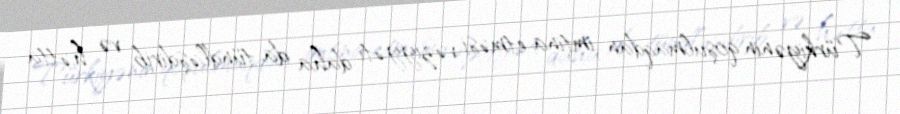
Türkiyənin qoşulmaqdan imtina etməsi vəziyyəti daha da tündləşdirib və hətta